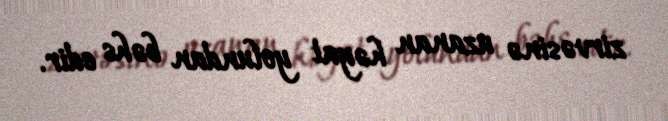
zirvəsinə uzanan həyat yolundan bəhs edir.